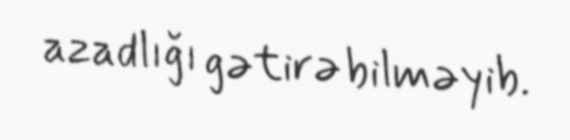
azadlığı gətirə bilməyib.